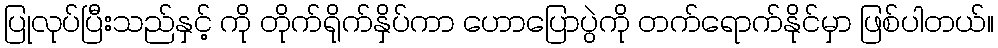
ပြုလုပ်ပြီးသည်နှင့် ကို တိုက်ရိုက်နှိပ်ကာ ဟောပြောပွဲကို တက်ရောက်နိုင်မှာ ဖြစ်ပါတယ်။